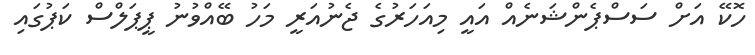
ހޮކޭ އަށް ސަސްޕެންޝަނެއް އައީ މިއަހަރުގެ ޖެނުއަރީ މަހު ބޭއްވުނު ޕީޕަލްސް ކަޕުގައި